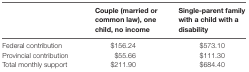
|  | Couple (married or common law), one child, no income | Single-parent family with a child with a disability |
 | --- | --- | --- |
 | Federal contribution | $156.24 | $573.10 |
 | Provincial contribution | $55.66 | $111.30 |
 | Total monthly support | $211.90 | $684.40 |